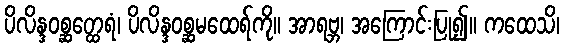
ပိလိန္ဒဝစ္ဆတ္ထေရံ၊ ပိလိန္ဒဝစ္ဆမထေရ်ကို။ အာရဗ္ဘ၊ အကြောင်းပြု၍။ ကထေသိ၊